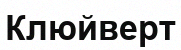
Клюйверт